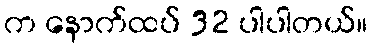
က နောက်ထပ် 32 ပါပါတယ်။